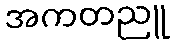
အကတညူ